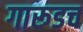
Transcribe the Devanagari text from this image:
गारूडच